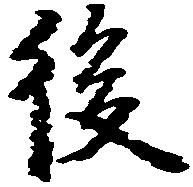
後